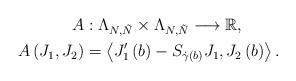
LaTeX: \begin{align*}A & :\Lambda_{N,\tilde{N}}\times\Lambda_{N,\tilde{N}}\longrightarrow\mathbb{R},\\A\left( J_{1},J_{2}\right) & =\left\langle J_{1}^{\prime}\left( b\right)-S_{\dot{\gamma}\left( b\right) }J_{1},J_{2}\left( b\right) \right\rangle. \end{align*}